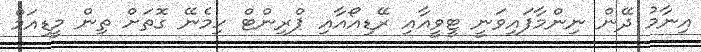
އިނާމު ދޭން ނިންމާފައިވަނީ ޓީވީއާއި ރޭޑިއޯއާއި ޕްރިންޓް ހިމެނޭ ގޮތަށް ތިން މީޑިއަމް